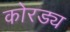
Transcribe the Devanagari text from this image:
कोरड्य